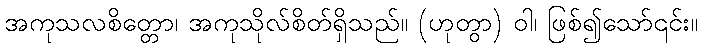
အကုသလစိတ္တော၊ အကုသိုလ်စိတ်ရှိသည်။ (ဟုတွာ) ဝါ၊ ဖြစ်၍သော်၎င်း။